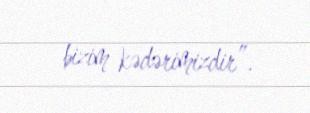
bizim kədərimizdir”.